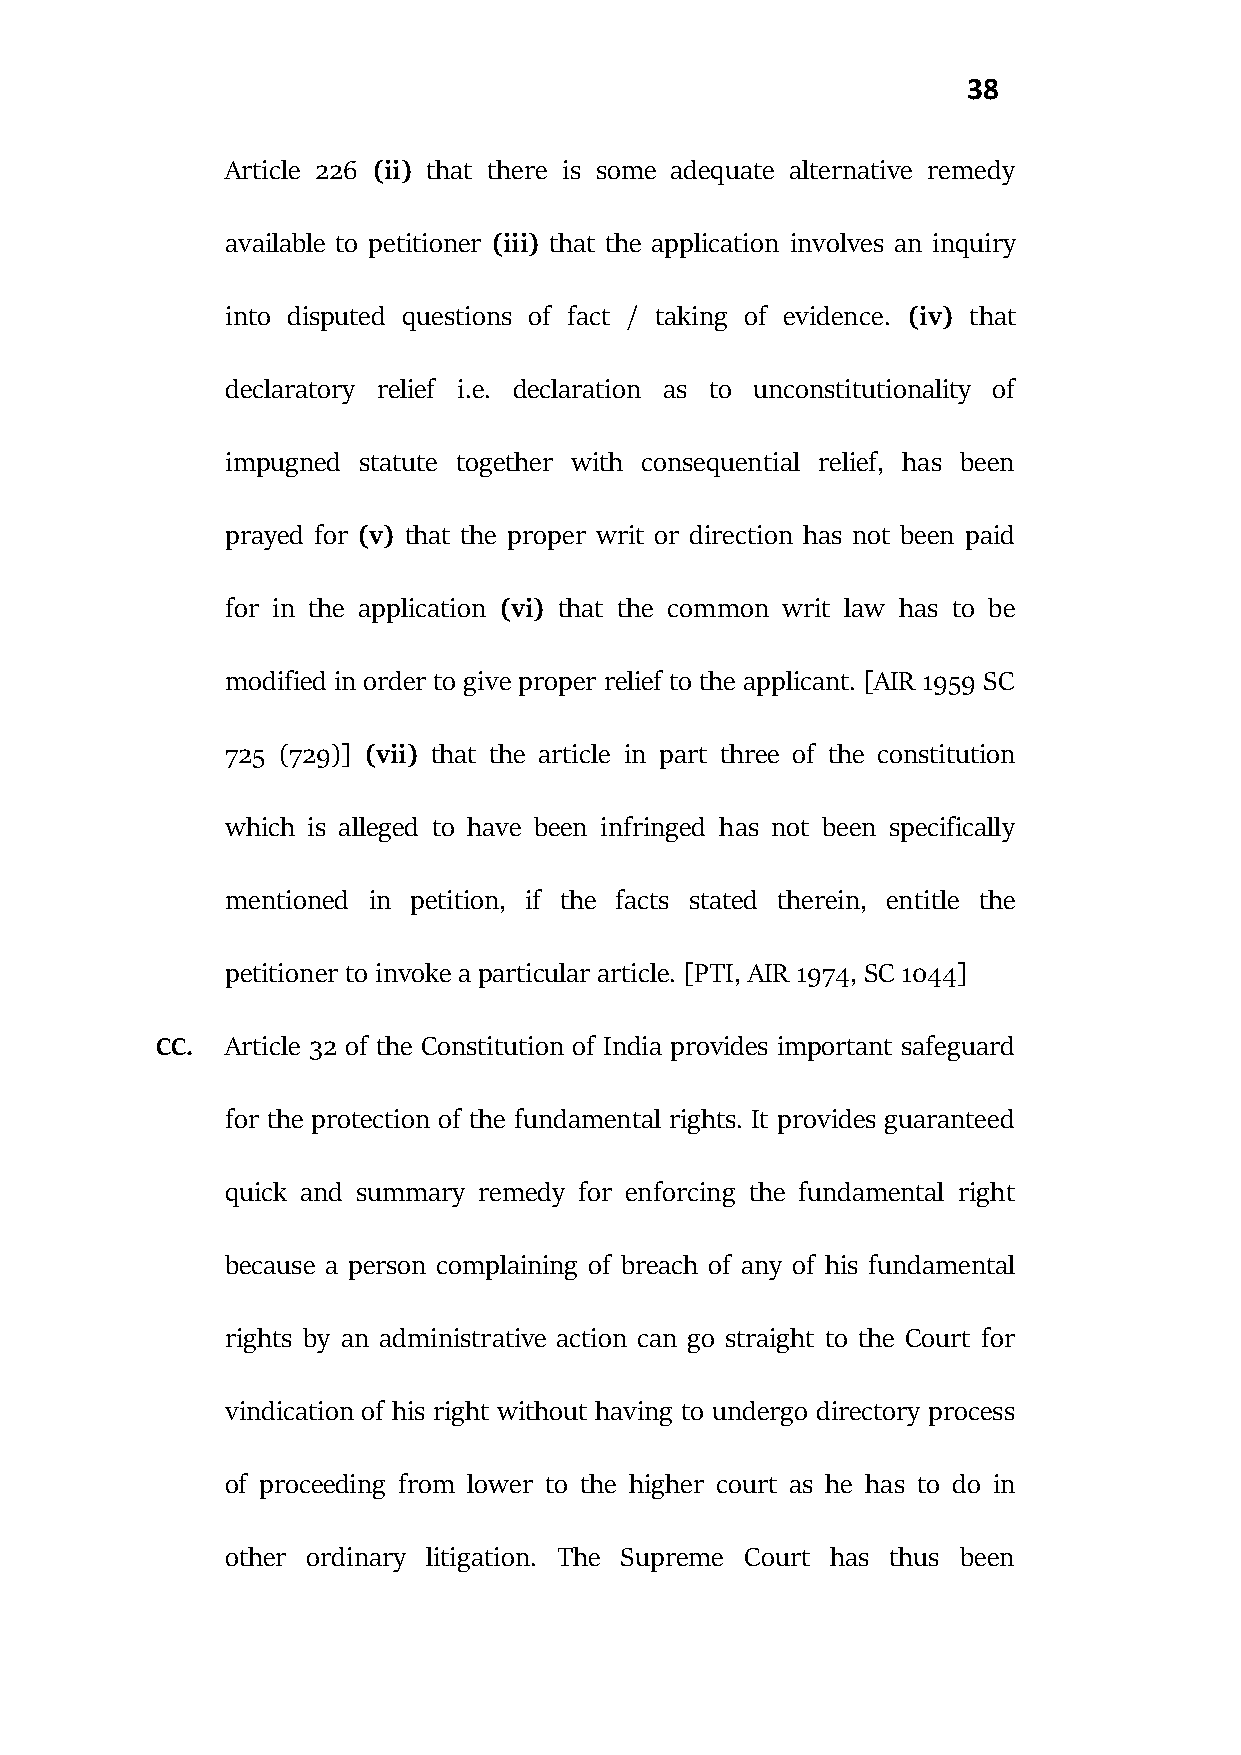
38
 Article 226 (ii) that there is some adequate alternative remedy
 available to petitioner (iii) that the application involves an inquiry
 into disputed questions of fact / taking of evidence. (iv) that
 declaratory relief i.e. declaration as to unconstitutionality of
 impugned statute together with consequential relief, has been
 prayed for (v) that the proper writ or direction has not been paid
 for in the application (vi) that the common writ law has to be
 modified in order to give proper relief to the applicant. [AIR 1959 SC
 725 (729)] (vii) that the article in part three of the constitution
 which is alleged to have been infringed has not been specifically
 mentioned in petition, if the facts stated therein, entitle the
 petitioner to invoke a particular article. [PTI, AIR 1974, SC 1044]
 CC.  Article 32 of the Constitution of India provides important safeguard
 for the protection of the fundamental rights. It provides guaranteed
 quick and summary remedy for enforcing the fundamental right
 because a person complaining of breach of any of his fundamental
 rights by an administrative action can go straight to the Court for
 vindication of his right without having to undergo directory process
 of proceeding from lower to the higher court as he has to do in
 other ordinary litigation. The Supreme Court has thus been